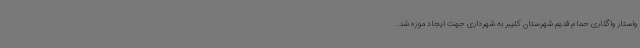
واستار واگذاری حمام قدیم شهرستان کلیبر به شهرداری جهت ایجاد موزه شد.